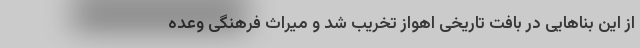
از این بناهایی در بافت تاریخی اهواز تخریب شد و میراث فرهنگی وعده